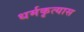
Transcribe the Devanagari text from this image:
धर्मकृत्यास